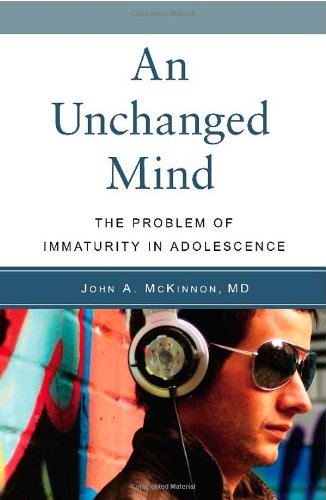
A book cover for An Unchanged Mind: The Problem of Immaturity in Adolescence; John A. McKinnon MD; Medical Books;